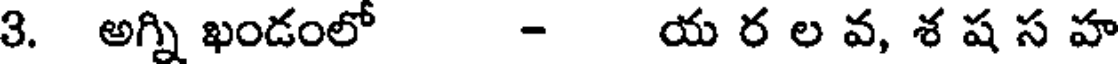
3. అగ్ని ఖండంలో - య ర ల వ, శ ష స హ